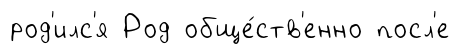
род'илс'я Род обще́ств'енно посл'е